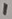
Text: 1